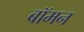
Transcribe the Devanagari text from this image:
बॉमन